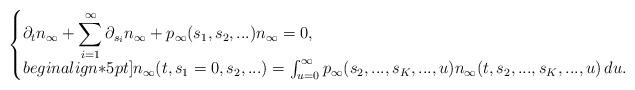
LaTeX: \begin{align*}\left\{\begin{matrix*}[l]\partial_t n_\infty+ \displaystyle \sum_{i=1}^\infty \partial_{s_i} n_\infty +p_\infty(s_1,s_2,...) n_\infty=0, \\begin{align*}5pt]n_\infty(t,s_1=0,s_2,...)= \int_{u=0}^\infty p_\infty(s_2,..., s_{K}, ...,u)n_\infty(t,s_2,..., s_{K},...,u)\,du.\end{matrix*}\right.\end{align*}